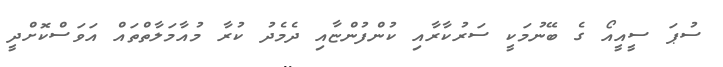
ސުޕަ ސީއީއޯ ގެ ބޭނުމަކީ ސަރުކާރާއި ކުންފުންޏާއި ދެމެދު ކުރާ މުއާމަލާތްތައް އަވަސްކޮށްދީ